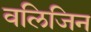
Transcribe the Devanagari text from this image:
वलिजिन